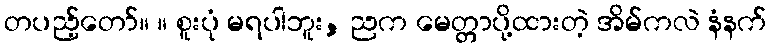
တပည့်တော်။ ။ စူးပုံ မရပါဘူး, ညက မေတ္တာပို့ထားတဲ့ အိမ်ကလဲ နံနက်